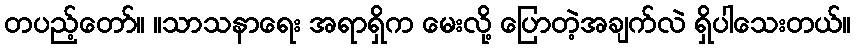
တပည့်တော်။ ။သာသနာရေး အရာရှိက မေးလို့ ပြောတဲ့အချက်လဲ ရှိပါသေးတယ်။